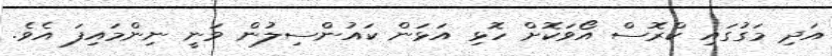
އަދި މަގުގައި ކްރޮސް އޯވަކޮށް ހޮޅި އަޅަން ކައުންސިލުން ވަނީ ނިންމައިފަ އެވެ.